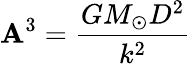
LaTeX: \mathbf{A}^{3}={\frac{{GM_{\odot}D^{2}}}{{k^{2}}}}